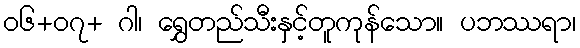
၀၆+၀၇+ ဂါ၊ ရွှေတည်သီးနှင့်တူကုန်သော။ ပဘဿရာ၊